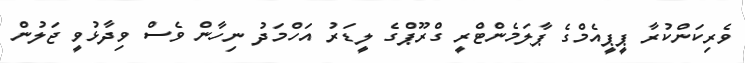
ވެރިކަންކުރާ ޕީޕީއެމްގެ ޕާލަމެންޓްރީ ގްރޫޕްގެ ލީޑަރު އަހްމަދު ނިހާން ވެސް ވިދާޅުވީ ޖަލުން